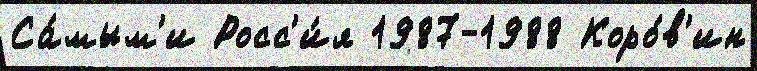
Са́мым'и Росс'и́я 1987-1988 Коро́в'ин